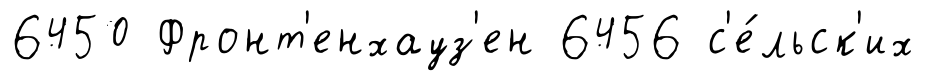
6450 Фронт'енхауз'ен 6456 с'е́льск'их